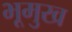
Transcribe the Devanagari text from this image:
भूमुख